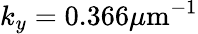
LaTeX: k_{y}=0.366\mu\mathrm{m}^{-1}